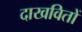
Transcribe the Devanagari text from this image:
दाखवितों